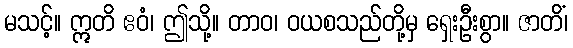
မသင့်။ ဣတိ ဧဝံ၊ ဤသို့။ တာဝ၊ ဝယစသည်တို့မှ ရှေးဦးစွာ။ ဇာတိံ၊